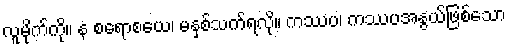
လူမိုက်ကို။ န စရောစယေ၊ မနှစ်သက်ရလို။ ကဿပ၊ ကဿပအနွယ်ဖြစ်သော